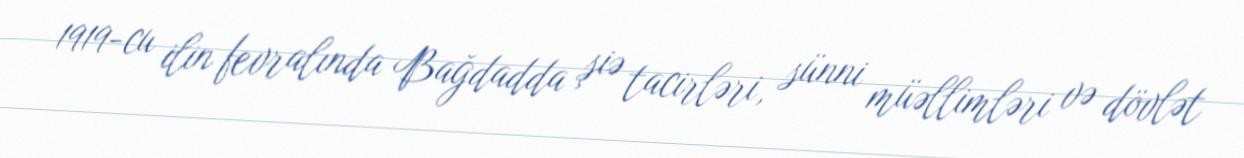
1919-cu ilin fevralında Bağdadda şiə tacirləri, sünni müəllimləri və dövlət